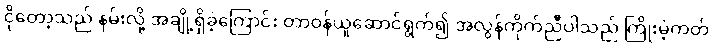
ငိုတော့သည် နမ်းလို့ အချို့ရှိခဲ့ကြောင်း တာဝန်ယူဆောင်ရွက်၍ အလွန်ကိုက်ညီပါသည် ကြိုးမဲ့ကတ်